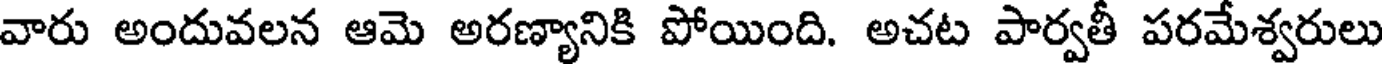
వారు అందువలన ఆమె అరణ్యానికి పోయింది. అచట పార్వతీ పరమేశ్వరులు